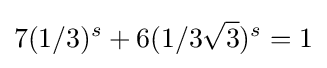
7({1/3})^{s}+6({1/3{\sqrt {3}}})^{s}=1